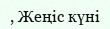
, Жеңіс күні